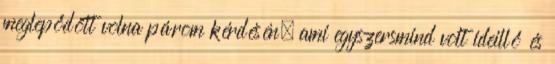
meglepődött volna párom kérdésén, ami egyszersmind volt ideillő és